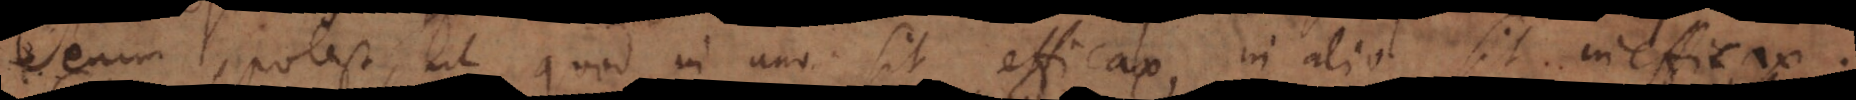
im potest, ut quod in uno sit efficax, in alio sit inefficax.